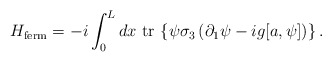
\begin{align*}H_{\rm ferm}=-i\int_{0}^{L} dx \,\, \mbox{tr}\,\left\{\psi\sigma_{3}\left(\partial_{1}\psi-ig [a,\psi] \right)\right\} .\end{align*}